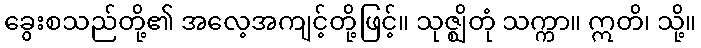
ခွေးစသည်တို့၏ အလေ့အကျင့်တို့ဖြင့်။ သုဇ္ဈိတုံ သက္ကာ။ ဣတိ၊ သို့။